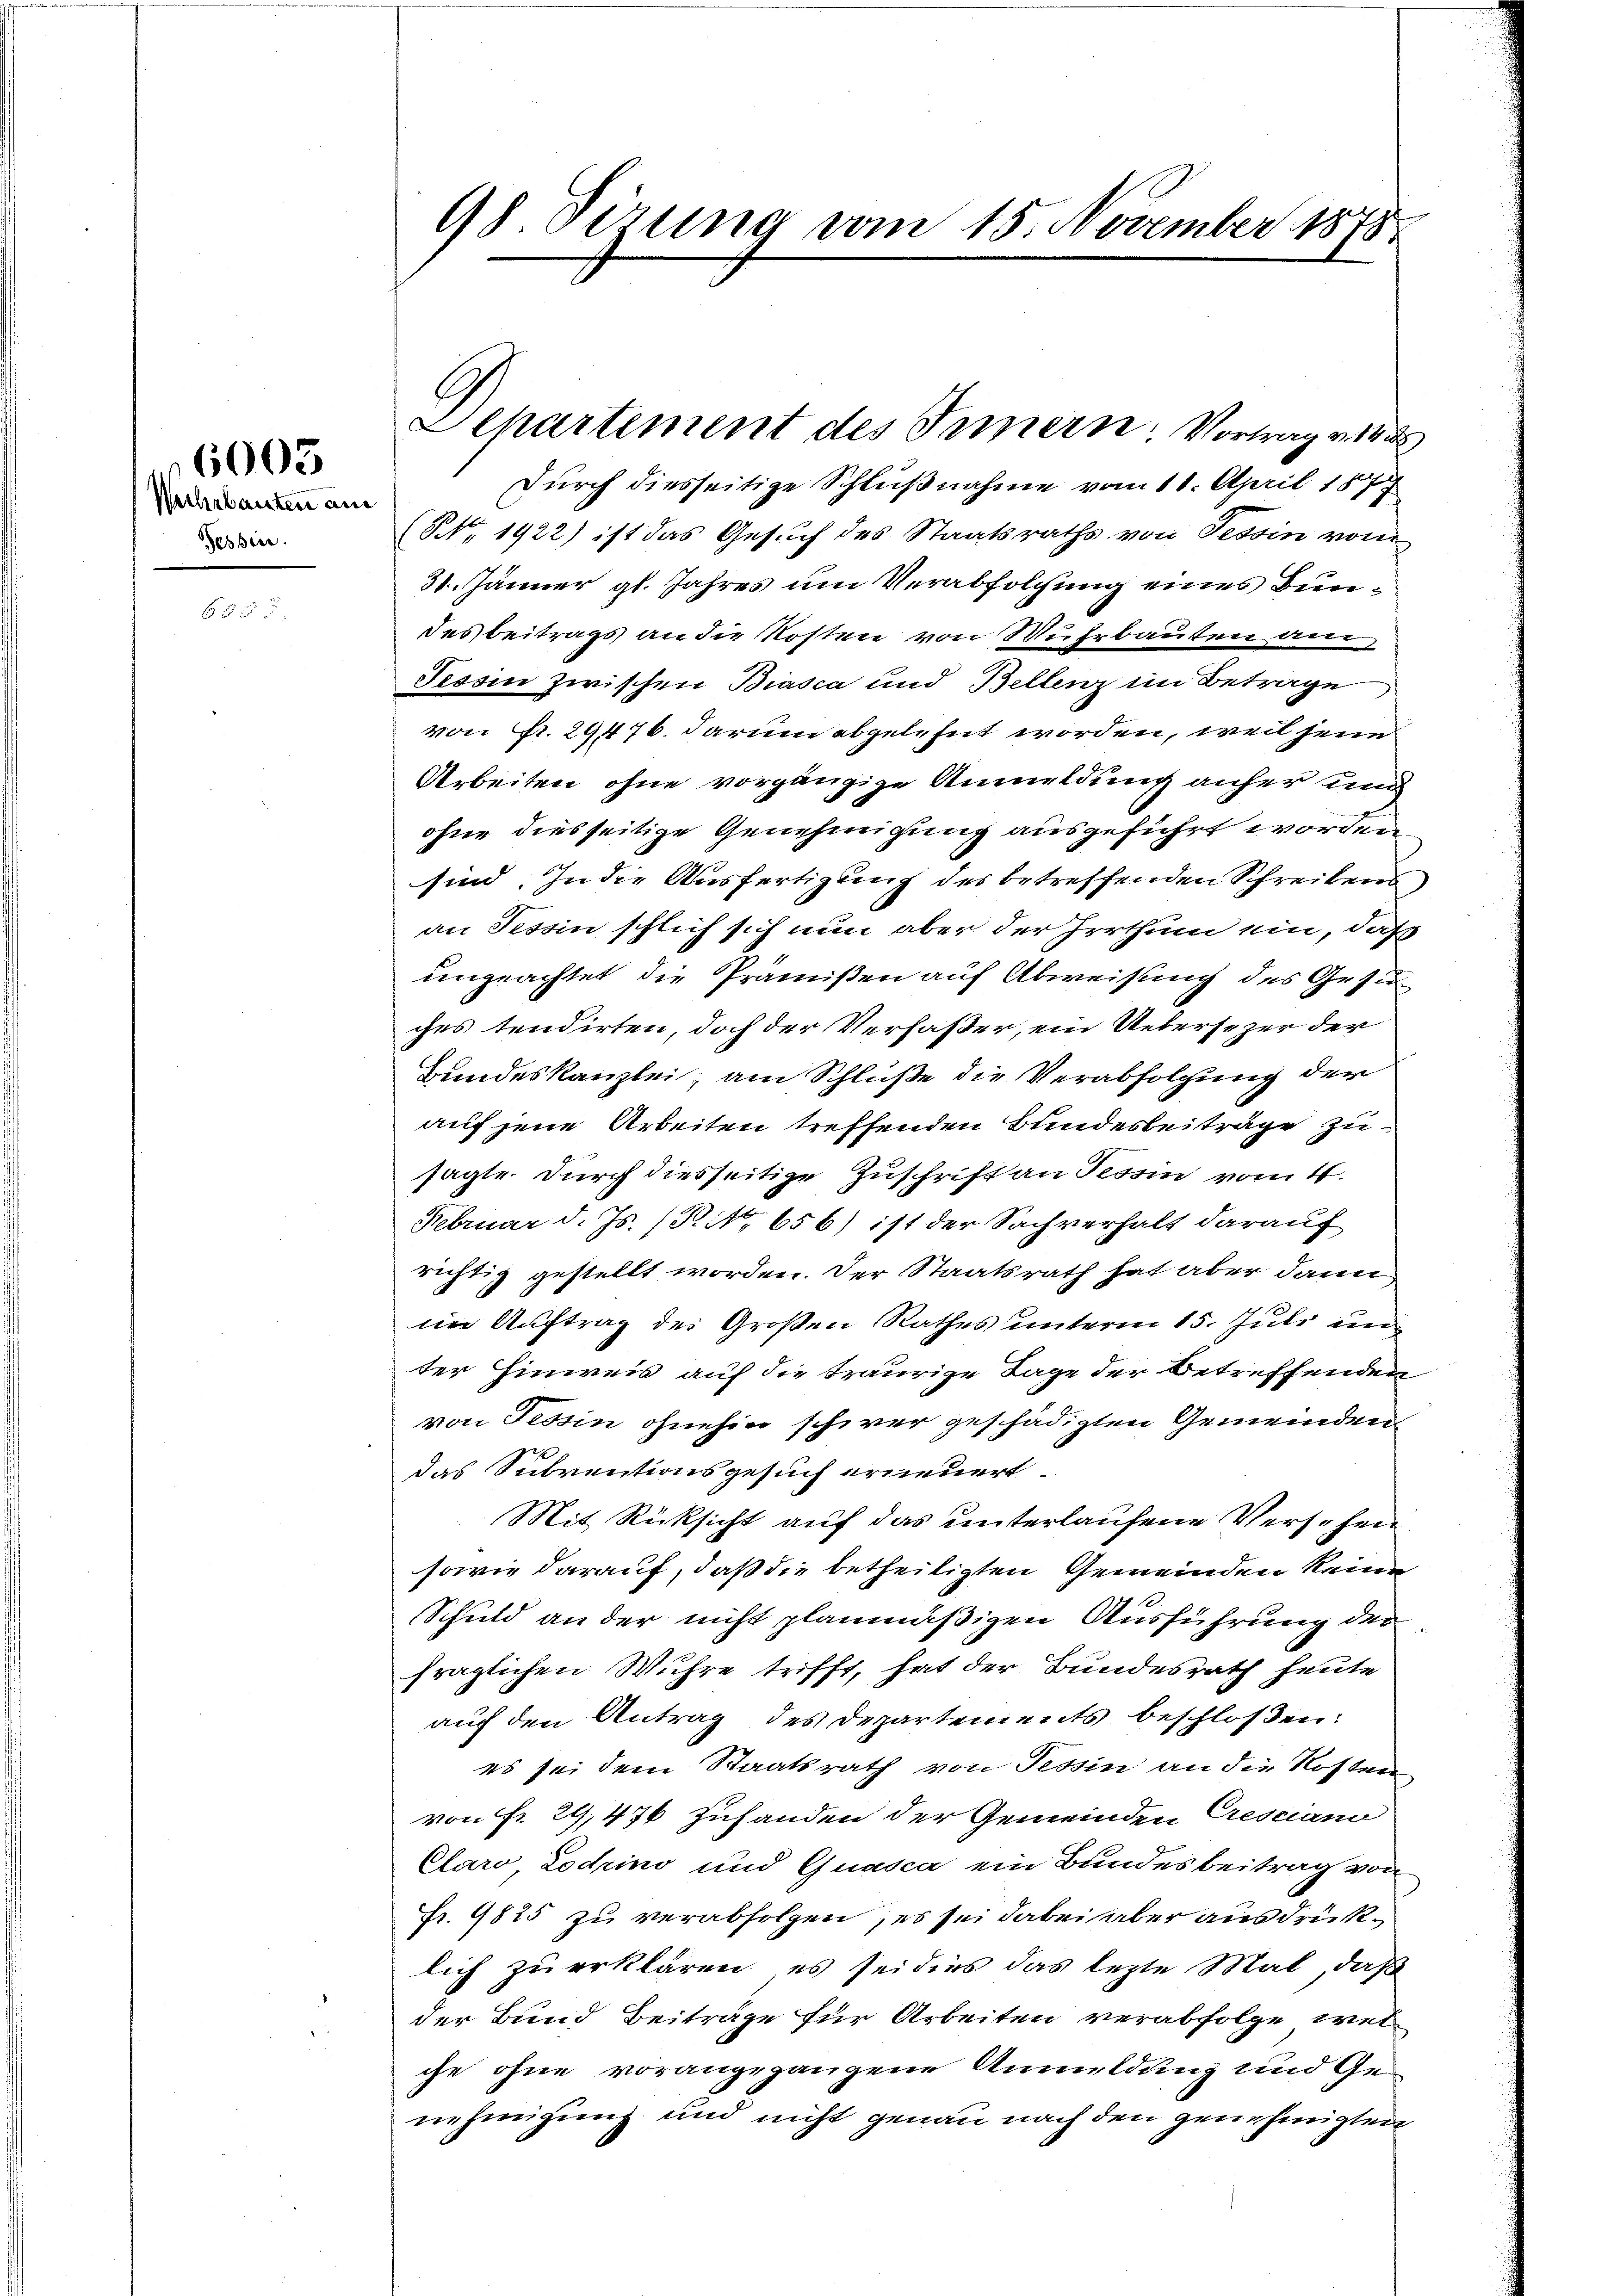
Wehrbauten and
Pessire.

6003

Durch diesseitige Schlußnahme vom 18. April 187
(NNo. 1922) ist das Gesuch des Staatsraths von Tessin vom
31. Jänner gl. Jahres um Verabfolgung eines Bundesbeitrags an die Kosten von Muhrbauten der
Tessin zwischen Biasca und Bellenz im Betrage
von Fr. 29476. darum abgelehnt worden, weil jene
Arbeiten ohne vorgängige Anmeldung anher und
ohne diesseitige Genehmigung ausgeführt worden
sind. In die Ausfertigung der betreffenden Schreibens
an Tessin schlich sich nun aber der Irrthum ein, daß
ungeachtet die Prämißen auf Abweisung des Gesinches tendirten, doch der Verfaßer, ein Uebersezer der
Bundeskanzlei, am Schluße die Verabfolgung der
auf jene Arbeiten treffenden Bundesbeiträge zu
sagte. Durch diesseitige Zuschrift an Tessin vom 4.
Februar d. Js. (R. 656) ist der Sachverhalt darauf
richtig gestellt worden. Der Staatsrath hat aber dann
im Auftrag des Großen Rathes unterm 15. Juli un
ter Hinweis auf die traurige Tage der Betreffenden
von Tessin ohnehin schwer geschädigten Gemeinden
das Subventionsgesuch erneuert
Mit Rücksicht auf das unterlaufene Versehen
sowie darauf, daß die betheiligten Gemeinden keine
Schuld an der nicht planmäßigen Ausführung der
fraglichen Wuhre trifft, hat der Bundesrath heute
auf den Antrag des Departements beschloßen:
es sei dem Staatsrath von Tessin an die Kosten
von Fr. 29,476 Zuhanden der Gemeinden Crescian
Claro Lodrino und Guasca ein Bundesbeitrag von
Fr. 9825 zu verabfolgen, es sei dabei aber ausdrücklich zu erklären, es sei dies das lezte Mal, daß
der Bund Beiträge für Arbeiten verabfolge, welche ohne vorangegangene Annuldung und Genehmigung und nicht genau nach den genehmigten

98 derung vom 15. November 1878

Departement des Innern. Vortrag v. 1